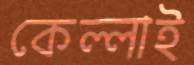
কেল্লাই